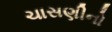
ચાસણીનો